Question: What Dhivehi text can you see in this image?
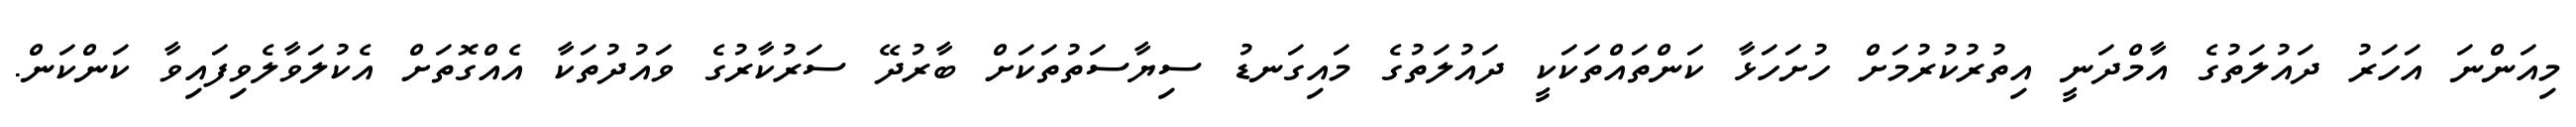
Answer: މިއަންނަ އަހަރު ދައުލަތުގެ އާމްދަނީ އިތުރުކުރުމަށް ހުށަހަޅާ ކަންތައްތަކަކީ ދައުލަތުގެ މައިގަނޑު ސިޔާސަތުތަކަށް ބާރުދޭ ސަރުކާރުގެ ވައުދުތަކާ އެއްގޮތަށް އެކުލަވާލެވިފައިވާ ކަންކަން.